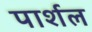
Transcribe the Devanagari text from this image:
पार्शल